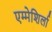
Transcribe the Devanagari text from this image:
एम्मेशिर्ला